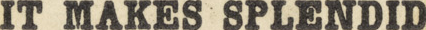
IT MAKES SPLENDID